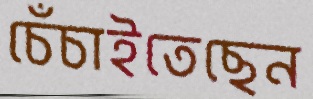
চেঁচাইতেছেন